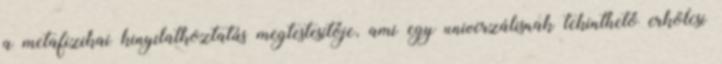
a metafizikai kinyilatkoztatás megtestesítője, ami egy univerzálisnak tekinthető erkölcsi